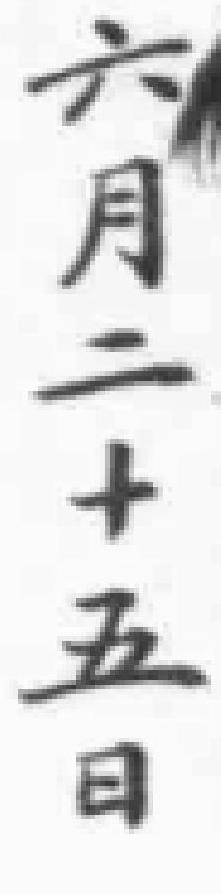
六月二十五日